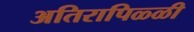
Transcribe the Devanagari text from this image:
अतिरापिळ्ळी